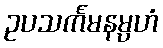
ဥပသင်္ကမနမ္ပဟံ